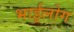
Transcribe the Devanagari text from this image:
भाईलोग